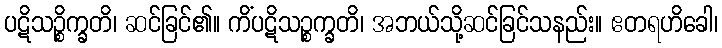
ပဋိသဉ္စိက္ခတိ၊ ဆင်ခြင်၏။ ကိံပဋိသဉ္စက္ခတိ၊ အဘယ်သို့ဆင်ခြင်သနည်း။ ဧတရဟိခေါ၊